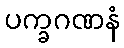
ပက္ခဂဏနံ